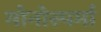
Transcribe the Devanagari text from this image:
मोनोस्पर्मा